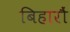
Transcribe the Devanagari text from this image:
बिहारौं